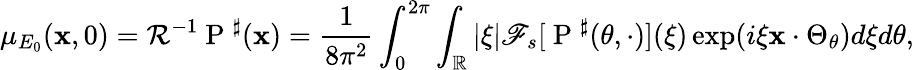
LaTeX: \mu_{E_{0}}(\textbf{x},0)={\mathcal R}^{-1}\mathrm{~P~}^{\sharp}(\textbf{x})=\frac{1}{8\pi^{2}}\int_{0}^{2\pi}\int_{\mathbb{R}}|\xi|\mathscr F_{s}[\mathrm{~P~}^{\sharp}(\theta,\cdot)](\xi)\exp(i\xi\textbf{x}\cdot\Theta_{\theta})d\xi d\theta,